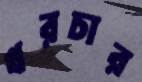
খরচার